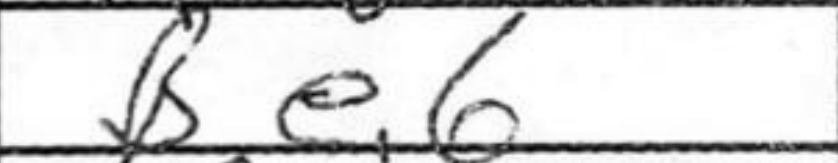
Transcription: Be6